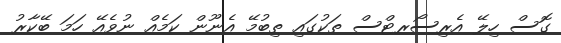
ގޮސް ހިލޭ އެރިސޯރޓްސް ތަކުގައި ތިބުމޭ އެނޫން ކަމެއް ނުވެއޭ ހަމަ ބޭކާރު